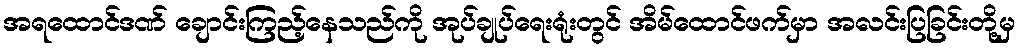
အရထောင်ဒဏ် ချောင်းကြည့်နေသည်ကို အုပ်ချုပ်ရေးရုံးတွင် အိမ်ထောင်ဖက်မှာ အလင်းပြခြင်းတို့မှ